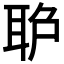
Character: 𦕔